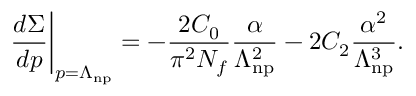
\frac { d \Sigma } { d p } \bigg | _ { p = \Lambda _ { \mathrm { n p } } } = - \frac { 2 C _ { 0 } } { \pi ^ { 2 } N _ { f } } { \frac { \alpha } { \Lambda _ { \mathrm { n p } } ^ { 2 } } } - 2 C _ { 2 } \frac { \alpha ^ { 2 } } { \Lambda _ { \mathrm { n p } } ^ { 3 } } .